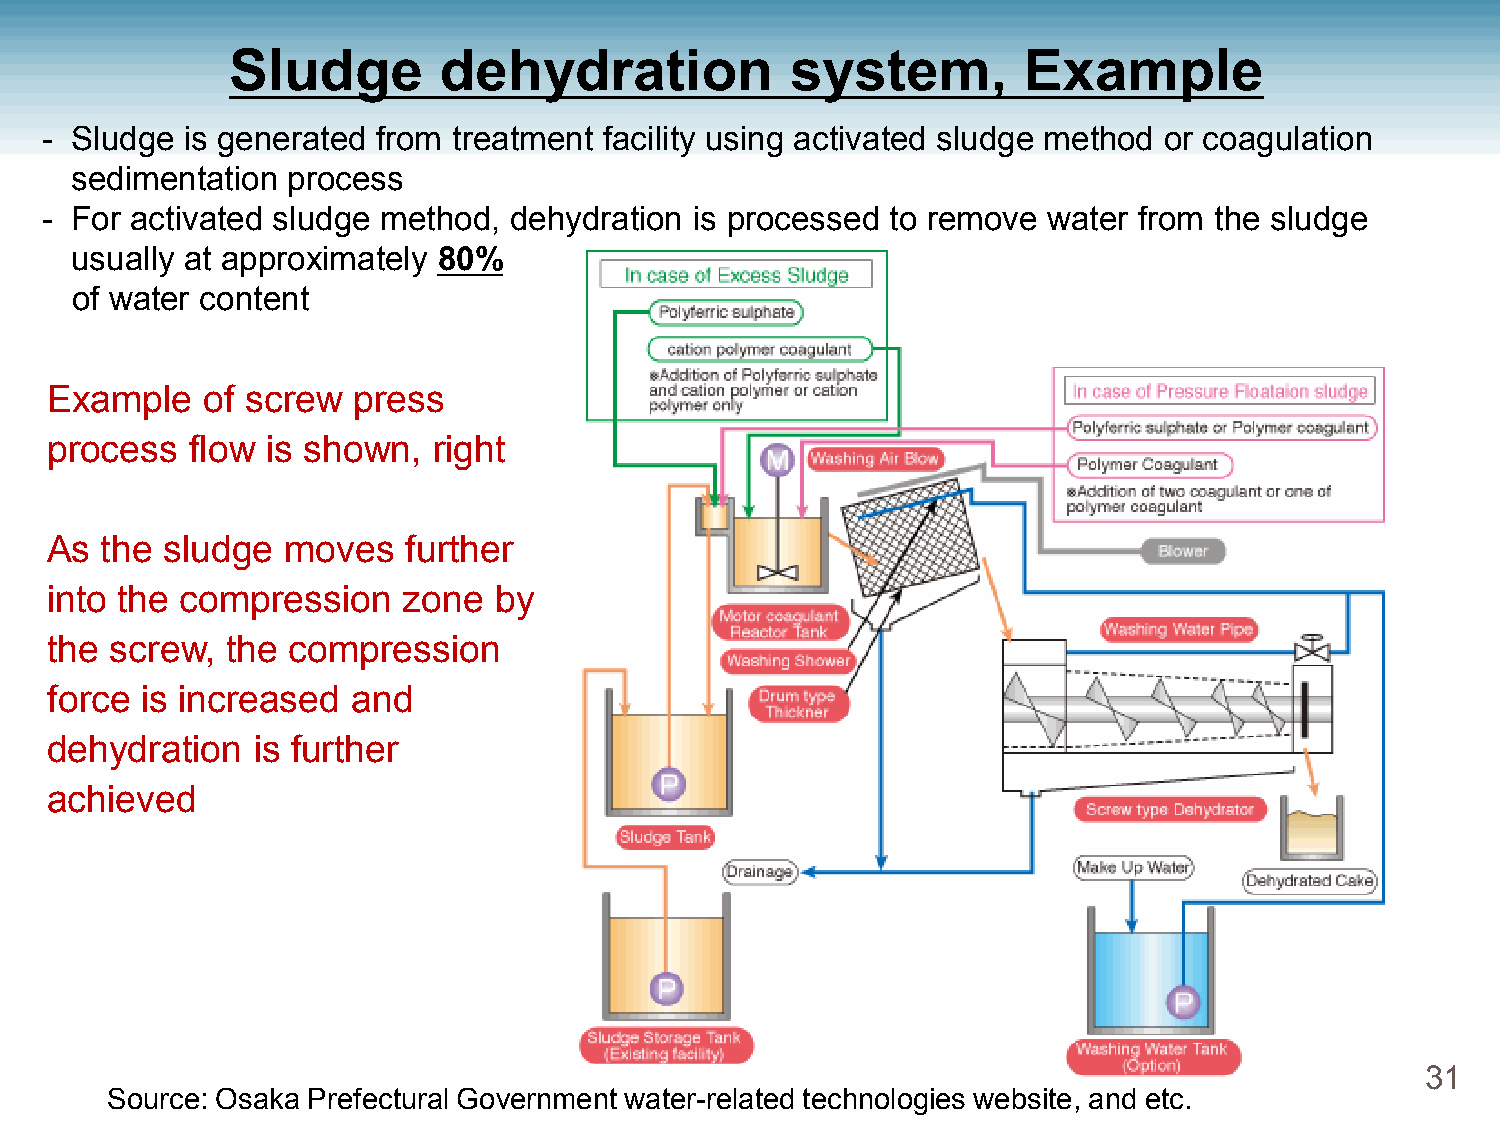
Sludge        dehydration            system,         Example
 - Sludge is generated from treatment facility using activated sludge method or coagulation
 sedimentation process
 - For activated sludge method, dehydration is processed to remove water from the sludge
 usually at approximately 80%
 of water content
 Example   of screw  press
 process   flow is shown,  right
 As  the sludge  moves   further
 into the compression    zone  by
 the screw,  the compression
 force is increased  and
 dehydration   is further
 achieved
 31
 Source: Osaka Prefectural Government water-related technologies website, and etc.